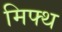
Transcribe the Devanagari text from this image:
मिफ्थ